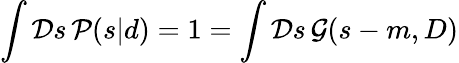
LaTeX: \int{\mathcal{D}}s\, {\mathcal{P}}(s|d)=1=\int{\mathcal{D}}s\, {\mathcal{G}}(s-m,D)